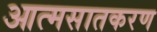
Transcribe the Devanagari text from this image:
आत्मसातकरण